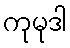
ကုမုဒါ